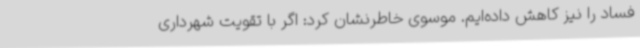
فساد را نیز کاهش داده‌ایم. موسوی خاطرنشان کرد: اگر با تقویت شهرداری